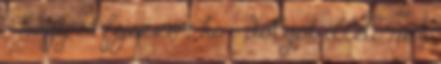
– hogy is fejezzem ki – dolgot illeti, nem